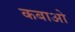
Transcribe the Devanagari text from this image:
कबाओ